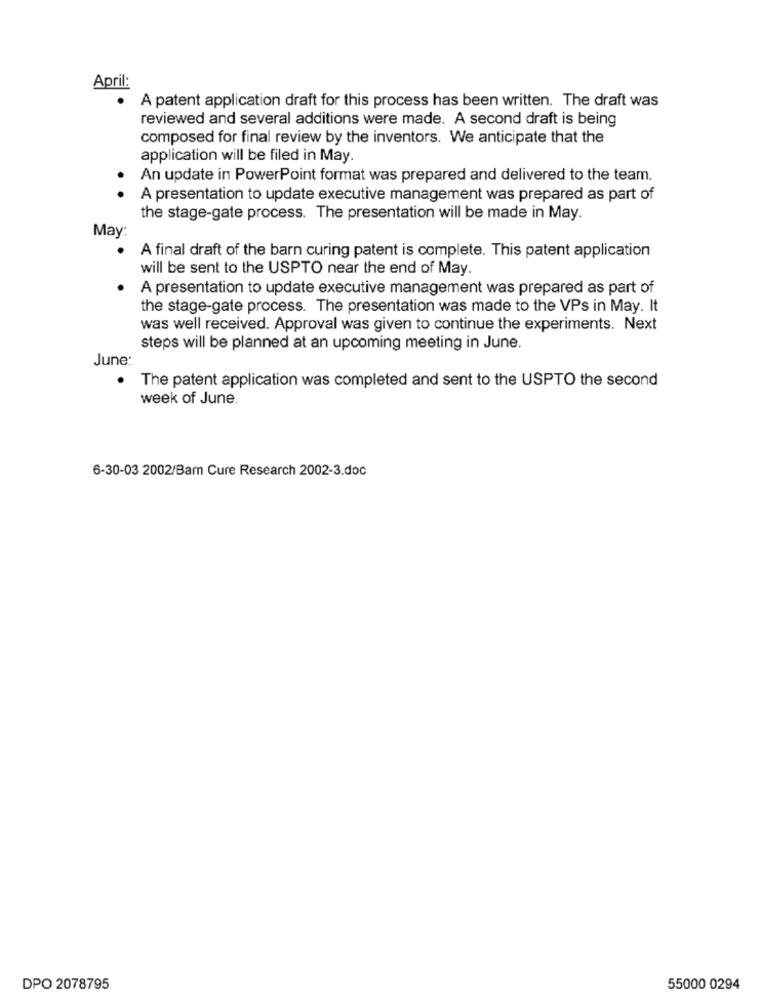
April:
.
A patent application draft for this process has been written. The draft was
reviewed and several additions were made. A second draft is being
composed for final review by the inventors. We anticipate that the
application will be filed in May.
An update in PowerPoint format was prepared and delivered to the team.
. .
A presentation to update executive management was prepared as part of
the stage-gate process. The presentation will be made in May.
May
A final draft of the barn curing patent is complete. This patent application
will be sent to the USPTO near the end of May.
A presentation to update executive management was prepared as part of
the stage-gate process. The presentation was made to the VPs in May. It
was well received. Approval was given to continue the experiments. Next
steps will be planned at an upcoming meeting in June.
June:
. The patent application was completed and sent to the USPTO the second
week of June.
6-30-03 2002/Barn Cure Research 2002-3.doc
DPO 2078795
55000 0294